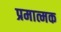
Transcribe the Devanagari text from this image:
प्रमात्मक